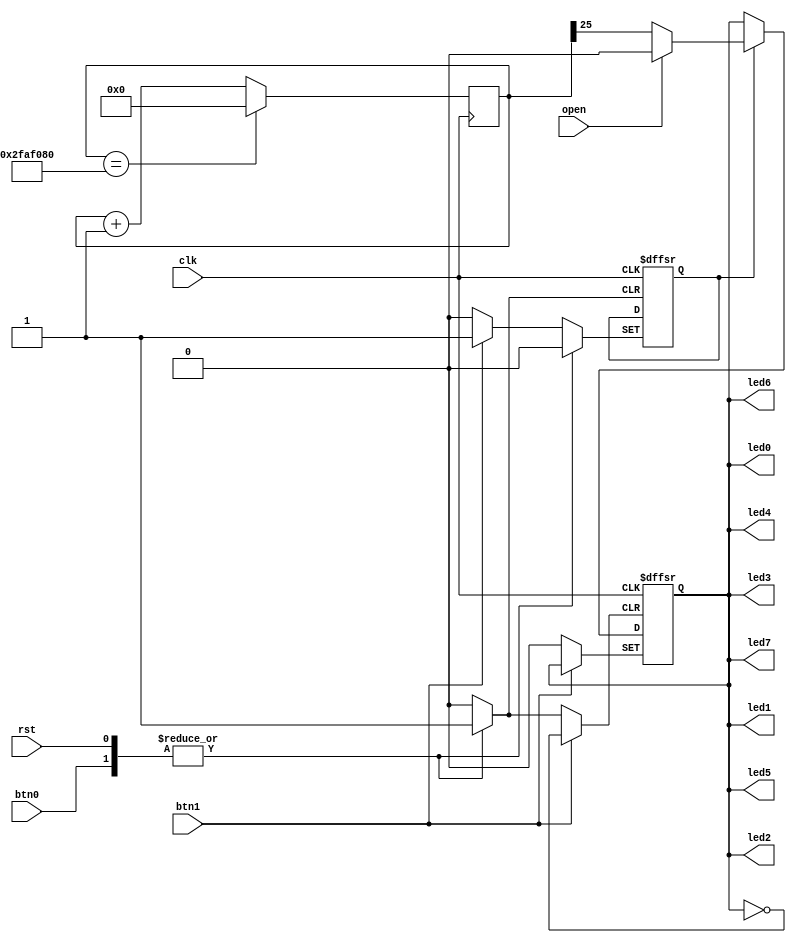
module alarm(clk,rst,btn0,btn1,open,led0,led1,led2,led3,led4,led5,led6,led7);
	
	input clk;

	input rst;

	input btn0;

	input btn1;

	input open;

	output reg led0;

	output led1,led2,led3,led4,led5,led6,led7;

	reg [25:0]count=26'd0;

	reg flag=1'd0;

	assign judge={flag,open};


	always @(posedge clk)  //led
		begin
			if(count==26'd50000000)
				count<=26'd0;
			else
				count<=count+26'd1;
		end

	always @ (posedge clk or posedge btn1 or posedge btn0 or posedge rst)
	begin
		if(rst) //ledflag0
		begin led0<=0;flag<=0;end
		else if(btn0)  //btn0ledflag0
		begin
		led0<=0;
		flag<=0;
		end
		else if(btn1)  //btn1flag1flag1ledreset
		begin
		flag=1;
		end
		else if(flag)
		begin
		case(open)
		0:led0<=count[25];
		default:led0<=0;
		endcase
		end
	end

	assign led1=led0;
	assign led2=led0;
	assign led3=led0;
	assign led4=led0;
	assign led5=led0;
	assign led6=led0;
	assign led7=led0;
	assign led8=led0;


endmodule